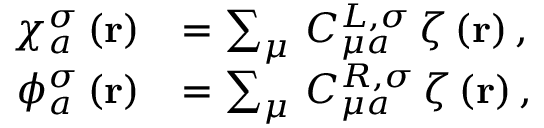
\begin{array} { r l } { \chi _ { a } ^ { \sigma } \left( \mathbf { r } \right) } & { = \sum _ { \mu } \, C _ { \mu a } ^ { L , \sigma } \, \zeta \left( \mathbf { r } \right) \mathrm { , } } \\ { \phi _ { a } ^ { \sigma } \left( \mathbf { r } \right) } & { = \sum _ { \mu } \, C _ { \mu a } ^ { R , \sigma } \, \zeta \left( \mathbf { r } \right) \mathrm { , } } \end{array}